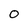
Character: 0